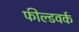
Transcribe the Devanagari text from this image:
फील्डवर्क